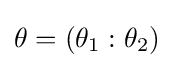
{\textstyle \mathbf {\theta } =\left(\mathbf {\theta } _{1}:\mathbf {\theta } _{2}\right)}